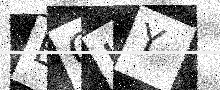
Text: BOUY